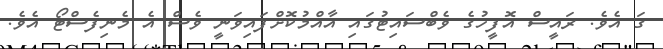
ގަ އެވެ. ރައީސް އޮފީހުގެ ވެބްސައިޓުގައި އާއްމުކޮށްފައިވަނީ ވެސް އެ މެނިފެސްޓޯ އެވެ.